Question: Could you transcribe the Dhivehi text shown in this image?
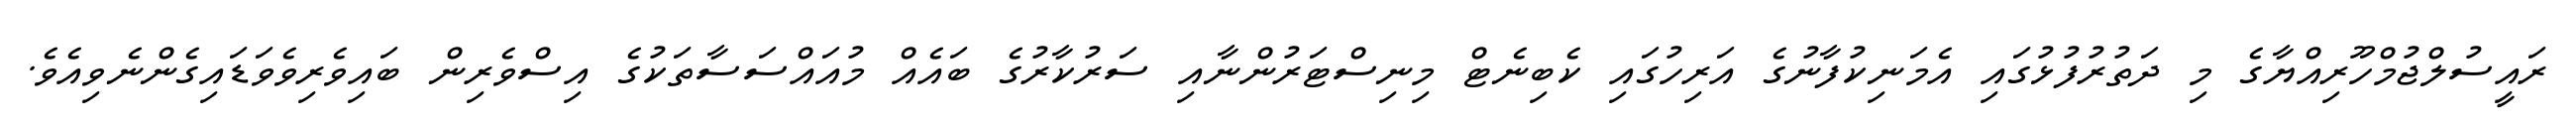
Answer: ރައީސުލްޖުމްހޫރިއްޔާގެ މި ދަތުރުފުޅުގައި އެމަނިކުފާނުގެ އަރިހުގައި ކެބިނެޓް މިނިސްޓަރުންނާއި ސަރުކާރުގެ ބައެއް މުއައްސަސާތަކުގެ އިސްވެރިން ބައިވެރިވެވަޑައިގެންނެވިއެވެ.